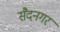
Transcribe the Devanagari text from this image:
सैदनगर